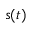
s ( t )